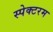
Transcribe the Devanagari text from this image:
स्पेक्टरम